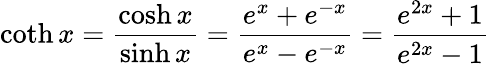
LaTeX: \coth x={\frac{\cosh x}{\sinh x}}={\frac{e^{x}+e^{-x}}{e^{x}-e^{-x}}}={\frac{e^{2x}+1}{e^{2x}-1}}